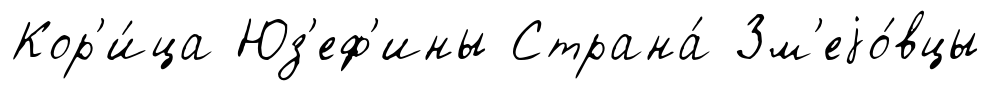
Кор'и́ца Юз'еф'ины Страна́ Зм'еjо́вцы